Civil Veterinary Dept. Bombay admin report 1932-41 - 1932-1941
Year: 1932
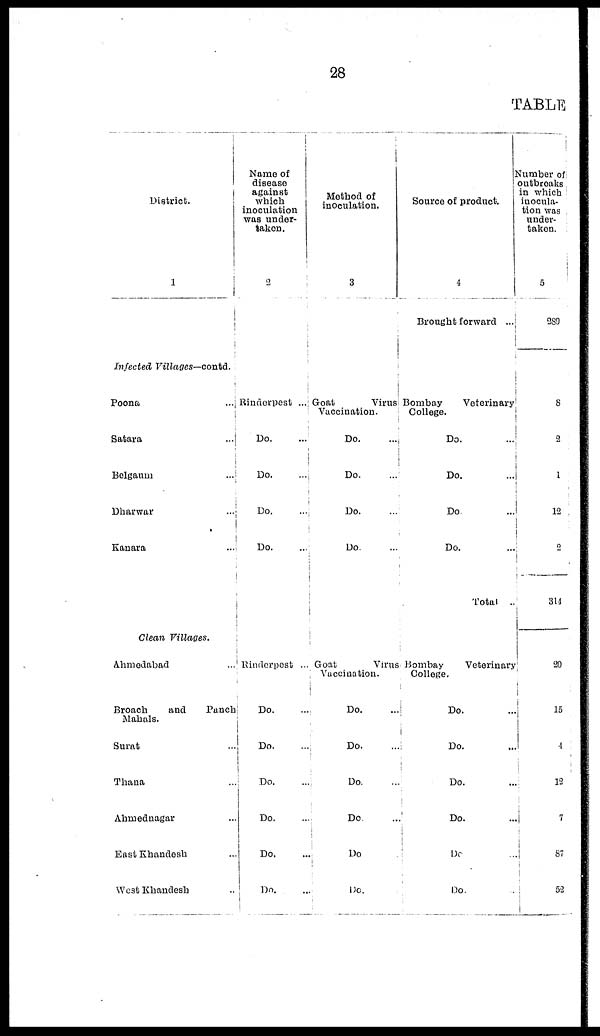
28
TABLE
District.
1
Infected
Villages—contd.
Poona ...
Satara ...
Belgaum ...
Dharwar ...
Kanara ...
Clean Villages.
Ahmedabad ...
Broach
and
Panch
Mahals.
Surat ...
Thana ...
Ahmednagar ...
East Khandesh ...
West Khandesh ...
Name of
disease
against
which
inoculation
was under-
taken.
2
Rinderpest ..
Do. ...
Do. ...
Do. ...
Do. ...
Rinderpest ...
Do.
Do. ...
Do. ...
Do. ...
Do. ...
Do. ...
Method of
inoculation.
3
Goat
Virus
Vaccination.
Do. ...
Do.
...
Do.
...
Do.
...
Goat
Virus
Vaccination.
Do.
...
Do.
...
Do. ...
Do.
...
Do
Do..
Source of product.
4
Brought forward ...
Bombay
Veterinary
College.
Do. ...
Do. ...
Do. ...
Do.
...
Total ..
Bombay
Veterinary
College.
Do. ...
Do. ...
Do. ...
Do. ...
Do. ...
Do. ...
Number of
outbreaks
in which
inocula-
tion was
under¬
taken.
5
289
8
2
1
12
2
314
20
15
4
12
7
87
52